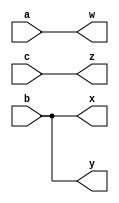
/* 
    https://hdlbits.01xz.net/wiki/Wire4
*/

module top_module( 
    input a,b,c,
    output w,x,y,z );
    assign w = a;
    assign x = b;
    assign y = b;
    assign z = c;
endmodule